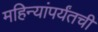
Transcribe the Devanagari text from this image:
महिन्यांपर्यंतची